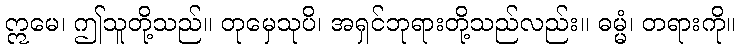
ဣမေ၊ ဤသူတို့သည်။ တုမှေသုပိ၊ အရှင်ဘုရားတို့သည်လည်း။ ဓမ္မံ၊ တရားကို။